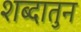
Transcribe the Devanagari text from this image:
शब्दातुन